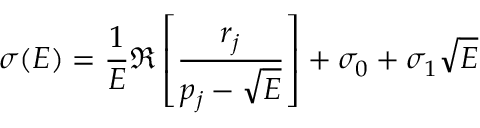
\sigma ( E ) = \frac { 1 } { E } \Re \left[ \frac { r _ { j } } { p _ { j } - \sqrt { E } } \right] + \sigma _ { 0 } + \sigma _ { 1 } \sqrt { E }